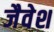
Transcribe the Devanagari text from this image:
जैवेश